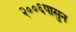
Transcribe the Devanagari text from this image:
२००६पासुन